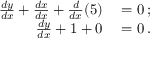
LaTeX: \begin{array} { r l } { { \frac { d y } { d x } } + { \frac { d x } { d x } } + { \frac { d } { d x } } ( 5 ) } & { { } = 0 \, ; } \\ { { \frac { d y } { d x } } + 1 + 0 } & { { } = 0 \, . } \end{array}